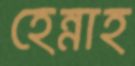
হেন্নাহ